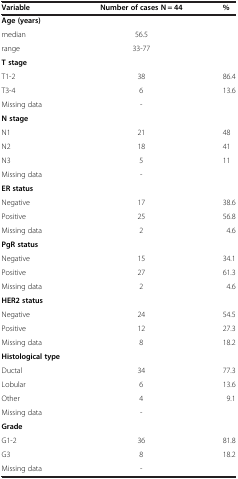
<table><thead><tr><td><b>Variable</b></td><td><b>Number of cases N = 44</b></td><td><b>%</b></td></tr></thead><tbody><tr><td><b>Age (years)</b></td><td> </td><td> </td></tr><tr><td>median</td><td>56.5</td><td> </td></tr><tr><td>range</td><td>33-77</td><td> </td></tr><tr><td><b>T stage</b></td><td> </td><td> </td></tr><tr><td>T1-2</td><td>38</td><td>86.4</td></tr><tr><td>T3-4</td><td>6</td><td>13.6</td></tr><tr><td>Missing data</td><td>-</td><td> </td></tr><tr><td><b>N stage</b></td><td> </td><td> </td></tr><tr><td>N1</td><td>21</td><td>48</td></tr><tr><td>N2</td><td>18</td><td>41</td></tr><tr><td>N3</td><td>5</td><td>11</td></tr><tr><td>Missing data</td><td>-</td><td> </td></tr><tr><td><b>ER status</b></td><td> </td><td> </td></tr><tr><td>Negative</td><td>17</td><td>38.6</td></tr><tr><td>Positive</td><td>25</td><td>56.8</td></tr><tr><td>Missing data</td><td>2</td><td>4.6</td></tr><tr><td><b>PgR status</b></td><td> </td><td> </td></tr><tr><td>Negative</td><td>15</td><td>34.1</td></tr><tr><td>Positive</td><td>27</td><td>61.3</td></tr><tr><td>Missing data</td><td>2</td><td>4.6</td></tr><tr><td><b>HER2 status</b></td><td> </td><td> </td></tr><tr><td>Negative</td><td>24</td><td>54.5</td></tr><tr><td>Positive</td><td>12</td><td>27.3</td></tr><tr><td>Missing data</td><td>8</td><td>18.2</td></tr><tr><td><b>Histological type</b></td><td> </td><td> </td></tr><tr><td>Ductal</td><td>34</td><td>77.3</td></tr><tr><td>Lobular</td><td>6</td><td>13.6</td></tr><tr><td>Other</td><td>4</td><td>9.1</td></tr><tr><td>Missing data</td><td>-</td><td> </td></tr><tr><td><b>Grade</b></td><td> </td><td> </td></tr><tr><td>G1-2</td><td>36</td><td>81.8</td></tr><tr><td>G3</td><td>8</td><td>18.2</td></tr><tr><td>Missing data</td><td>-</td><td> </td></tr></tbody></table>